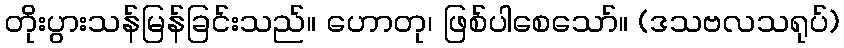
တိုးပွားသန်မြန်ခြင်းသည်။ ဟောတု၊ ဖြစ်ပါစေသော်။ (ဒသဗလသရုပ်)